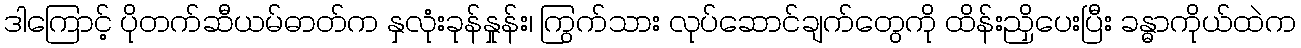
ဒါကြောင့် ပိုတက်ဆီယမ်ဓာတ်က နှလုံးခုန်နှုန်း၊ ကြွက်သား လုပ်ဆောင်ချက်တွေကို ထိန်းညှိပေးပြီး ခန္ဓာကိုယ်ထဲက